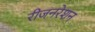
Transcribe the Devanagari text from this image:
रीजनरेशन